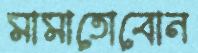
মামাতোবোন